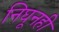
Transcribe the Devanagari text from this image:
निघूनही